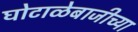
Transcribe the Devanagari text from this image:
घोटाळेबाजीच्या